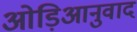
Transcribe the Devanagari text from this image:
ओड़िआनुवाद